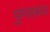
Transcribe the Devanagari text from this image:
पुण्यरूप